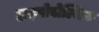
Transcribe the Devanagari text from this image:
हाइपोवोल्मिक